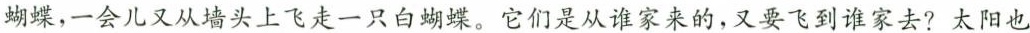
蝴蝶，一会儿又从墙头上飞走一只白蝴蝶。它们是从谁家来的，又要飞到谁家去?太阳也